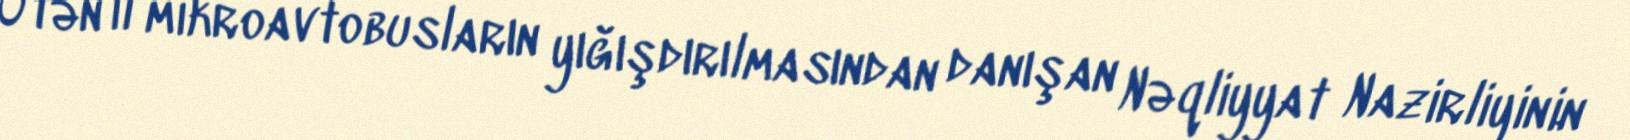
Ötən il mikroavtobusların yığışdırılmasından danışan Nəqliyyat Nazirliyinin